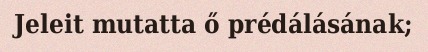
Jeleit mutatta ő prédálásának;